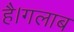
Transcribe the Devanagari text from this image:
है।गलाब